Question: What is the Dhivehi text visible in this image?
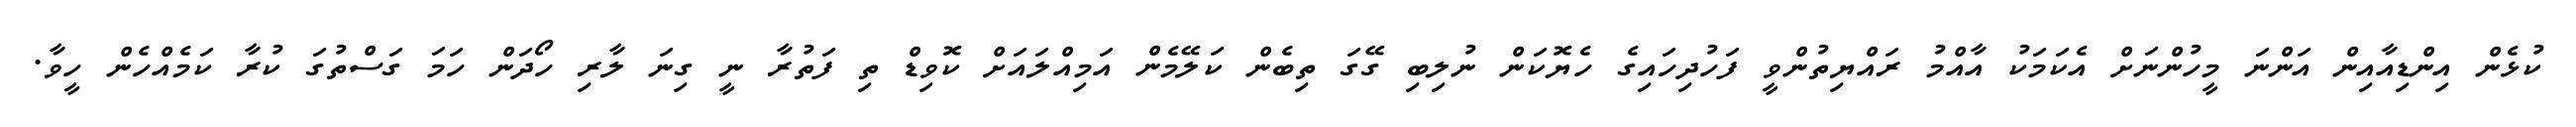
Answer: ކުޅެން އިންޑިއާއިން އަންނަ މީހުންނަށް އެކަމަކު އާއްމު ރައްޔިތުންވީ ފަހުދިހައިގެ ހެޔޮކަން ނުލިބި ގޭގަ ތިބެން ކަލޭމެން އަމިއްލައަށް ކޮވިޑް ތި ފަތުރާ ނީ ގިނަ ލާރި ހޯދަން ހަމަ ގަސްތުގަ ކުރާ ކަމެއްހެން ހީވާ.